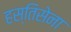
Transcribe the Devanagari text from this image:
हस्तिसेना